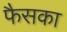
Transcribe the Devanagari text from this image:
फैसका